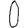
Digit: 0